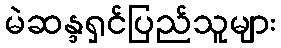
မဲဆန္ဒရှင်ပြည်သူများ